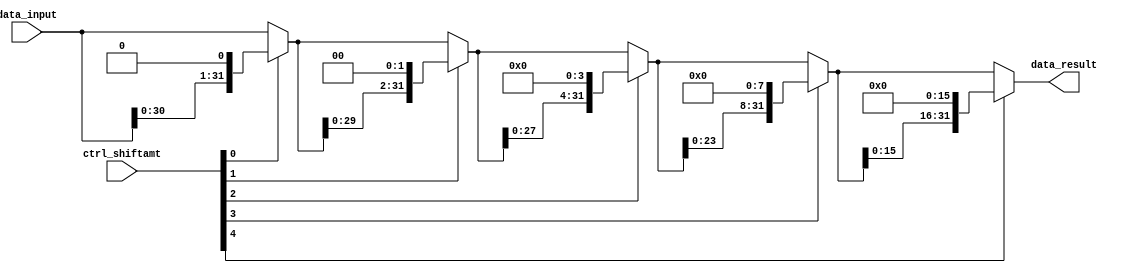
module logical_left_shift(data_input, ctrl_shiftamt, data_result);
	
	input[31:0] data_input;
	input[4:0] ctrl_shiftamt;
	
	output[31:0] data_result;
	
	wire[31:0] shift_1, shift_2, shift_3, shift_4;
	
	assign shift_1 = ctrl_shiftamt[0] ? {data_input[30:0], 1'b0} : data_input;
	assign shift_2 = ctrl_shiftamt[1] ? {shift_1[29:0], {2{1'b0}}} : shift_1;
	assign shift_3 = ctrl_shiftamt[2] ? {shift_2[27:0], 4'b0000} : shift_2;
	assign shift_4 = ctrl_shiftamt[3] ? {shift_3[23:0], 8'b00000000} : shift_3;
	assign data_result = ctrl_shiftamt[4] ? {shift_4[15:0], 16'b0000000000000000} : shift_4;
	
endmodule